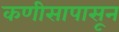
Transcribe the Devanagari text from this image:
कणीसापासून